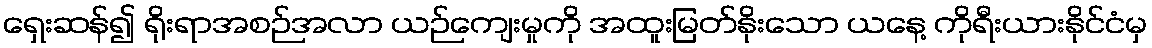
ရှေးဆန်၍ ရိုးရာအစဉ်အလာ ယဉ်ကျေးမှုကို အထူးမြတ်နိုးသော ယနေ့ ကိုရီးယားနိုင်ငံမှ